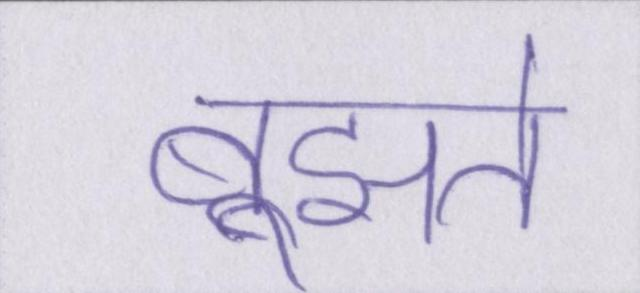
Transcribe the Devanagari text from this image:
बूझते